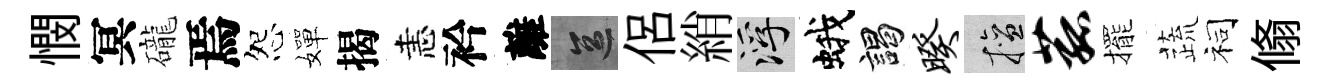
憫冥礲焉怨嬋揭恚衿離區侶綃浮蛾謁暌擅菰擺蔬祠翛